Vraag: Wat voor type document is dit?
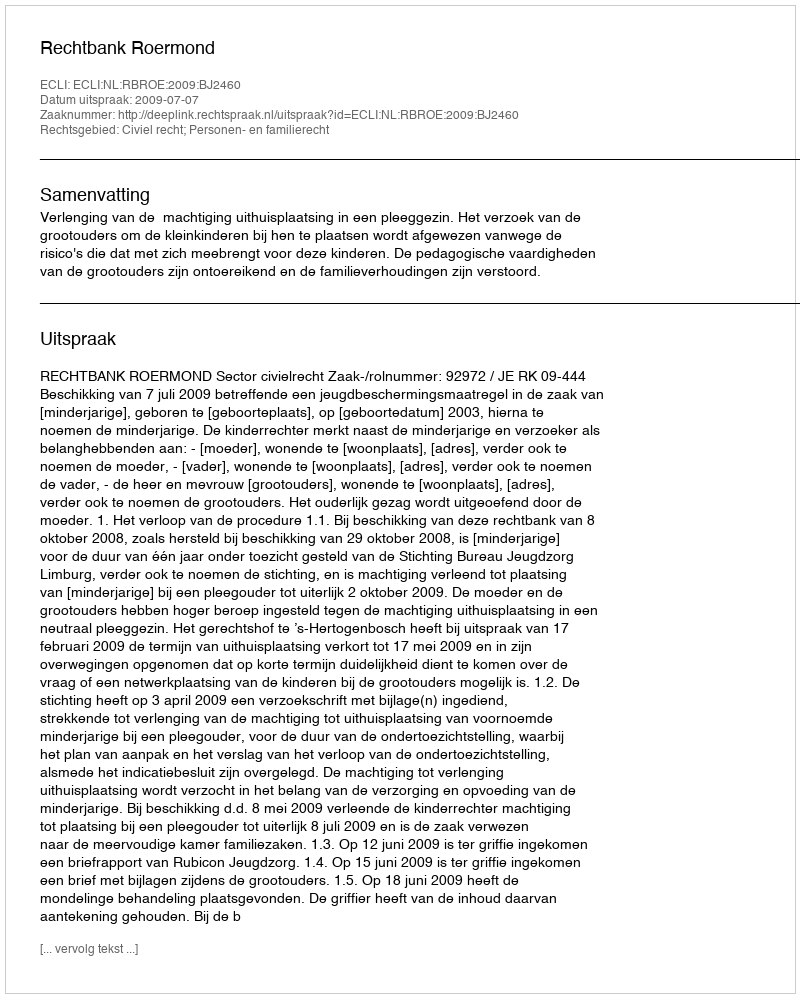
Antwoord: Uitspraak